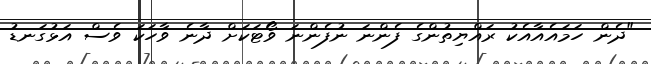
"ދެން ހަމައެއާއެކު ރައްޔިތުންގެ ފެންނަ ނުފެންނަ ވޯޓަކަށް ދާނެ ވާހަކަ ވެސް އަޅުގަނޑު